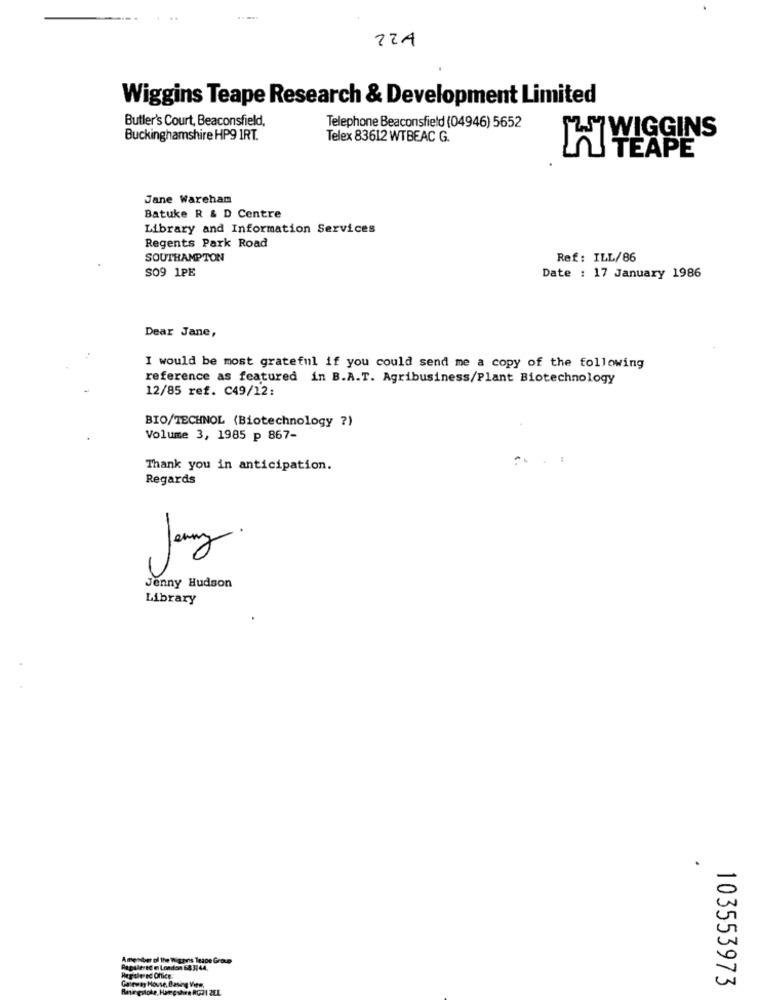
22A
Wiggins Teape Research & Development Limited
Butler's Court, Beaconsfield,
Telephone Beaconsfield (04946) 5652
Buckinghamshire HP9 IRT.
Telex 83612 WTBEAC G.
h WIGGINS
Jane Wareham
Batuke R & D Centre
Library and Information Services
Regents Park Road
SOUTHAMPTON
Ref: ILL/86
SO9 1PE
Date : 17 January 1986
Dear Jane,
I would be most grateful if you could send me a copy of the following
reference as featured in B.A.T. Agribusiness/Plant Biotechnology
12/85 ref. C49/12:
BIO/TECHNOL (Biotechnology ?)
Volume 3, 1985 p 867-
Thank you in anticipation.
Regards
Joy
Jenny Hudson
Library
A member of the Wigpris Teape Grove
Papulertd m London 68 31 44.
Hepsle sc Office.
Gateway House, Baseg Viw.
103553973